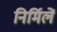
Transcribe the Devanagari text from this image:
निर्मिलें